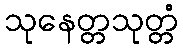
သုနေတ္တသုတ္တံ